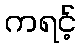
ကရင့်